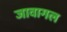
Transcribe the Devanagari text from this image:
जावागल